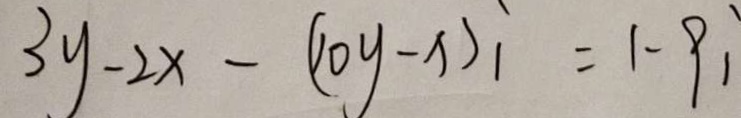
3 y - 2 x - ( 1 0 y - x ) _ { 1 } = 1 - 9 1